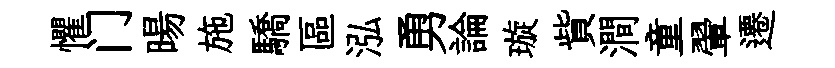
懼门暘施驕區泓勇論璇貲澗童翬遷